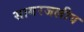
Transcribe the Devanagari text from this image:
सागरजलीय